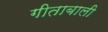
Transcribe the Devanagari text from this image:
गीताबाली